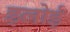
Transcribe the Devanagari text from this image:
इलोई